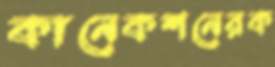
কানেকশনেরক